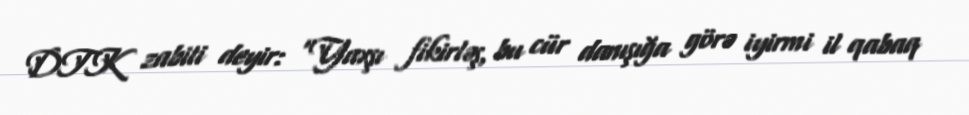
DTK zabiti deyir: “Yaxşı fikirləş, bu cür danışığa görə iyirmi il qabaq